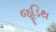
જૂડિથ